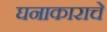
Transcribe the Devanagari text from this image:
घनाकाराचे